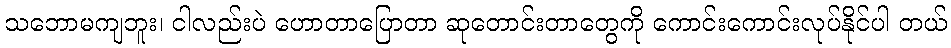
သဘောမကျဘူး၊ ငါလည်းပဲ ဟောတာပြောတာ ဆုတောင်းတာတွေကို ကောင်းကောင်းလုပ်နိုင်ပါ တယ်